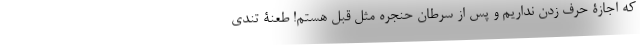
که اجازۀ حرف زدن نداریم و پس از سرطان حنجره مثل قبل هستم! طعنۀ تندی